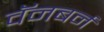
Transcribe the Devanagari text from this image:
वॅनबर्न